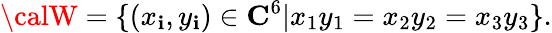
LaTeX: {\calW}=\{ (x_{\mathbf{i}},y_{\mathbf{i}})\in{\mathbf{C}}^{6}|x_{1}y_{1}=x_{2}y_{2}=x_{3}y_{3}\} .